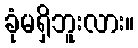
ခုံမရှိဘူးလား။